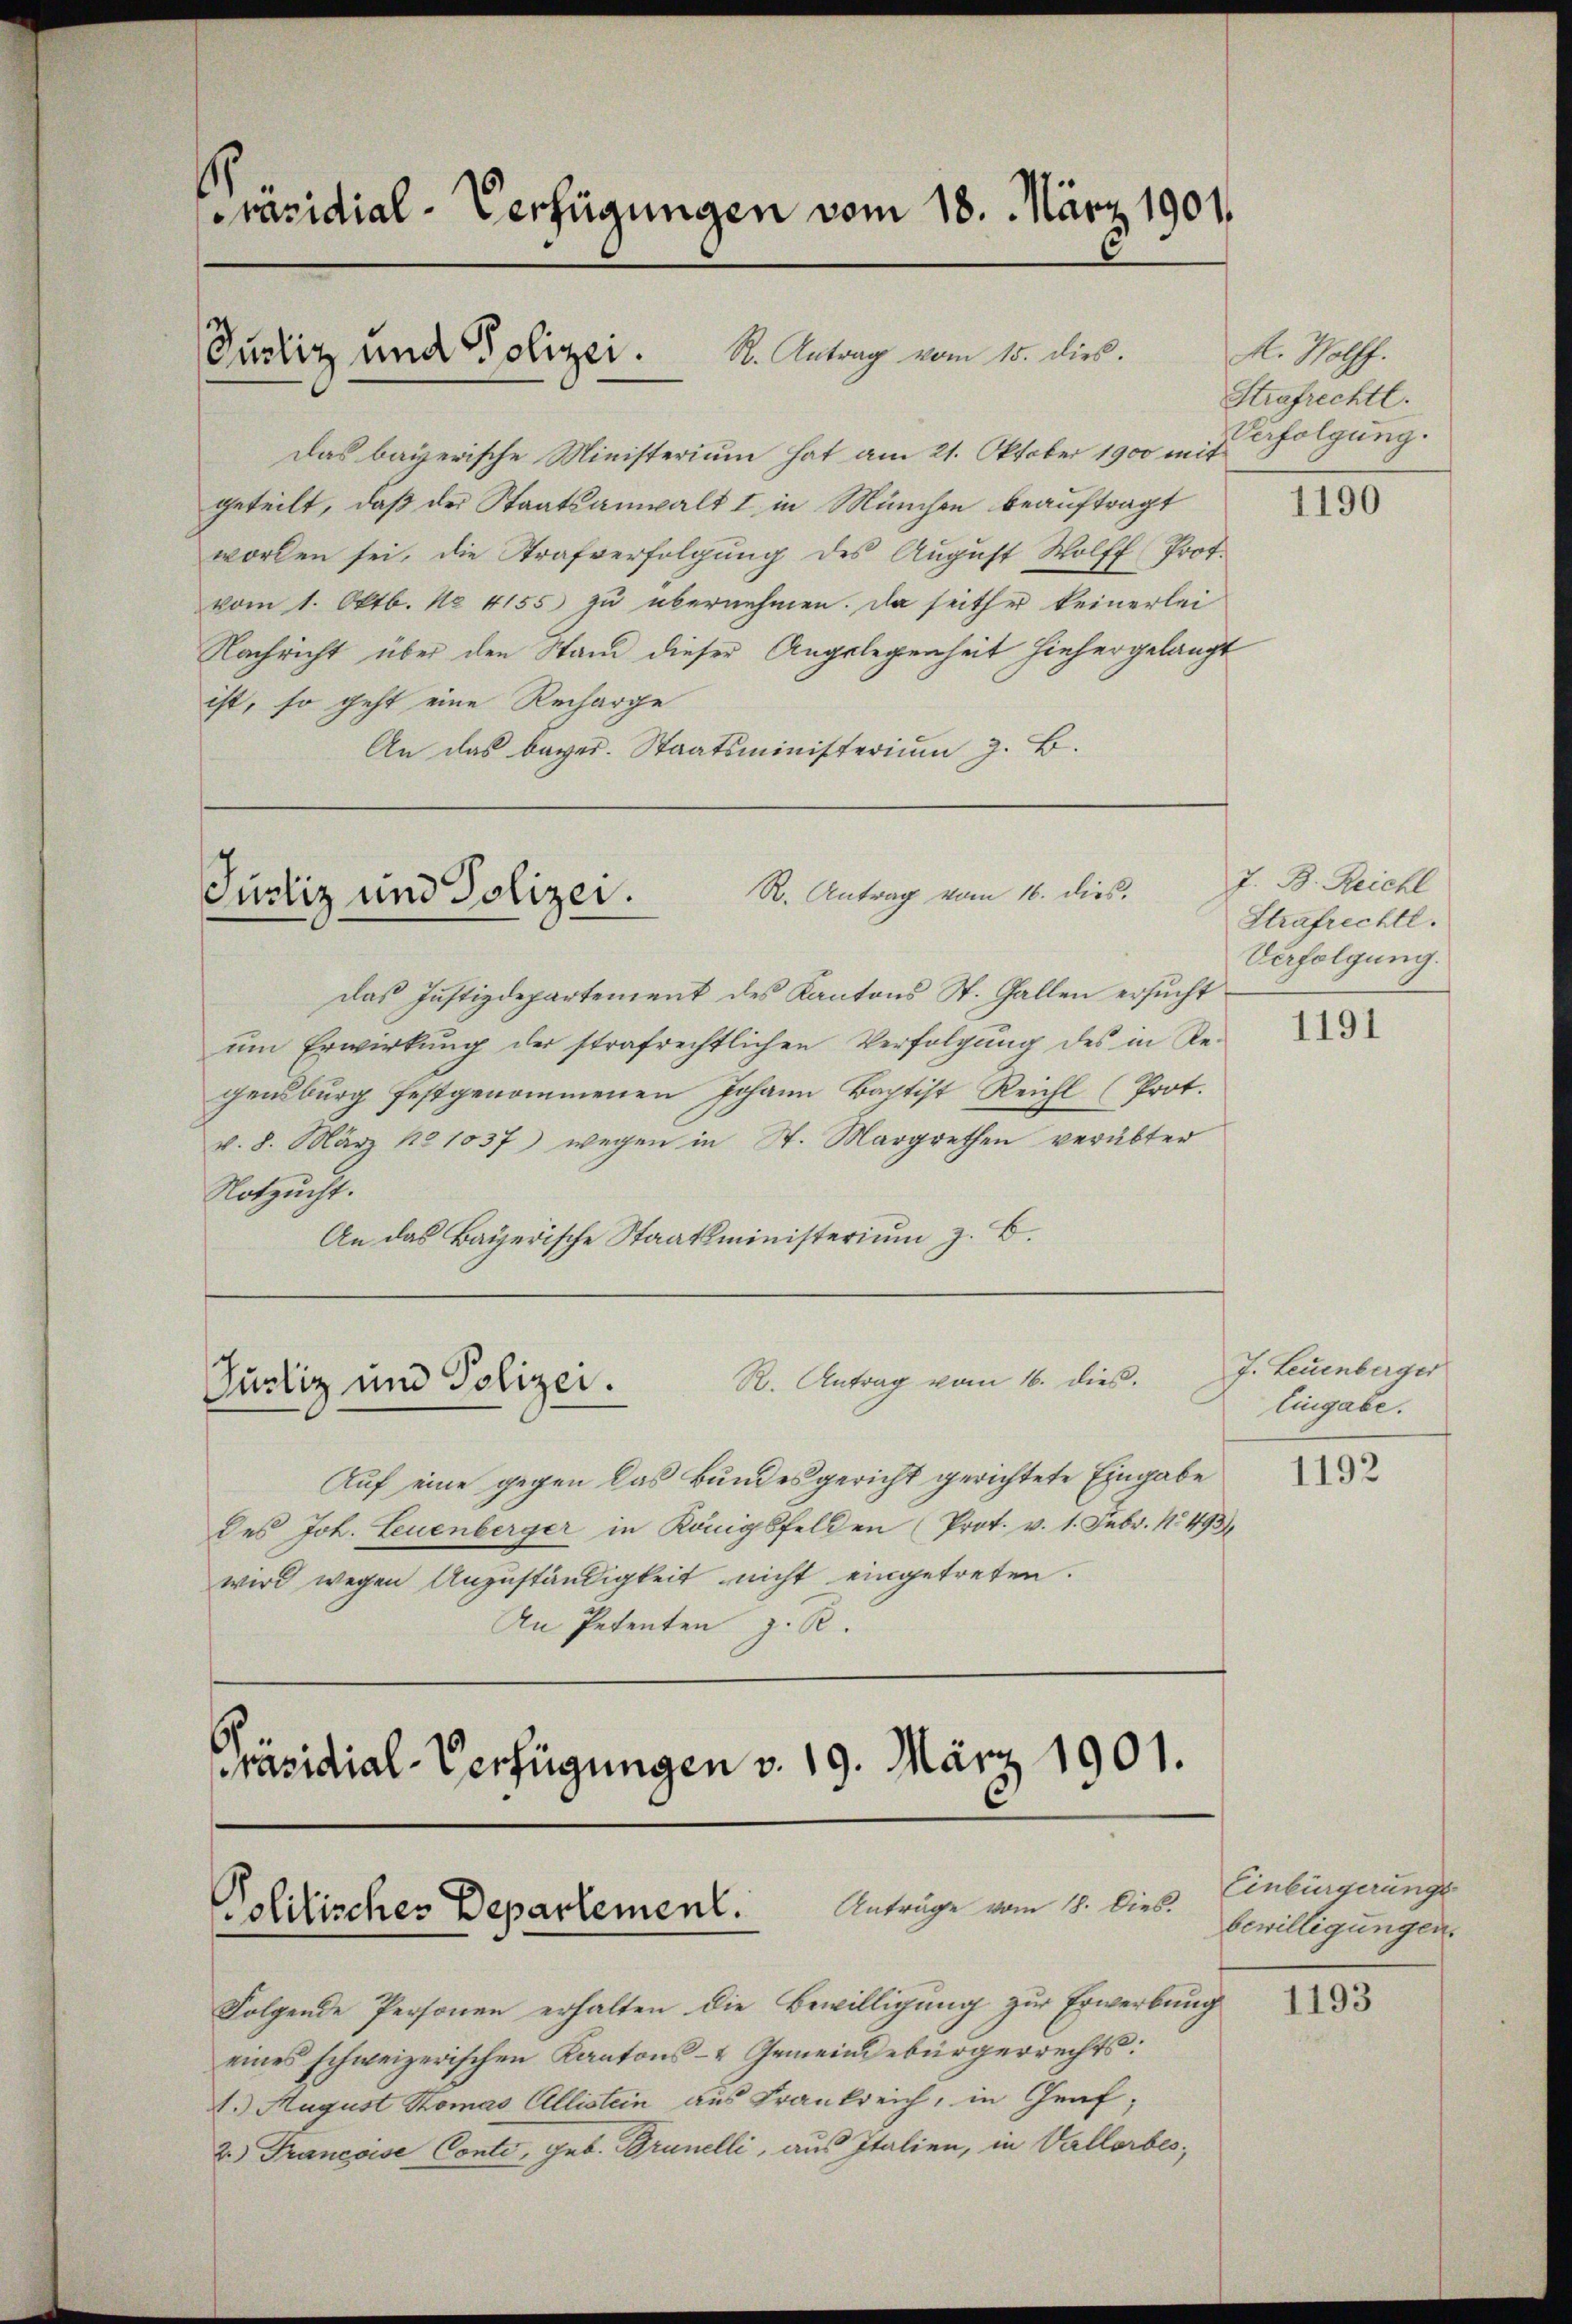
Präsidial-Verfügungen vom 18. März 1901.

Pustiz und Polizei. S. Antrag vom 10. Dies

Das bayerische Ministerium hat am 21. Oktober 1900 mit
geteilt, daß der Staatsanwalt I in München beauftragt
worden sei, die Strafverfolgŭng des Aŭgŭst Wolff Prot.
vom 1. Oktb. No 4155 zu übernehmen. Da seither keinerlei
Nachricht über den Stand dieser Angelegenheit hiehergelangt
ist, so geht eine Recharge
An das bayer. Staatsministerium z. B.

R. Antrag vom 16. dies.
Justiz und Polizei.

daß Justizdepartement des Kantons St. Gallen ersucht
ŭm Erwirkung der strafrechtlichen Verfolgŭng des in Re-
gensburg festgenommenen Johann Baptist Reicht (Prot.
v. 8. März 181037) wegen in St. Margrethen verübter
Notzucht.
An das Bayerische Staatsministerium z. B.
R. Antrag vom 16. dies
Justiz und Polizei.
Auf eine gegen das Bundesgericht gerichtete Eingabe
des Joh. Leuenberger in Königsfelden (Prot. v. 1. Febr. 1493
wird wegen Anzuständigkeit nicht eingetreten.
An Petenten z. R.

Präsidial-Verfügungen v. 19. März 1901.
Politisches Departement. Anträge vom 14. Dieb.

Folgende Personen erhalten die Bewilligung zur Erwerbung
eines schweizerischen Kantons- & Gemeindebürgerrechts:
1. August Komas Allistein aus Frankreich, in Graf,
2) Francoise Conte, geb. Brunelli, aus Italien, in Vallorbes,

M. Wolff.
Strafrechtl.
Verfolgung.

1190

J. B. Reichl
Strafrechtl.
Verfolgung.

1191

J. Leuenberger
Eingabe.

1192

Einbürgerungs
bewilligungen.
1193